Sanitation, dispensaries and jails vaccination Rajputana 1922-1927 - 1922-1927
Year: 1922
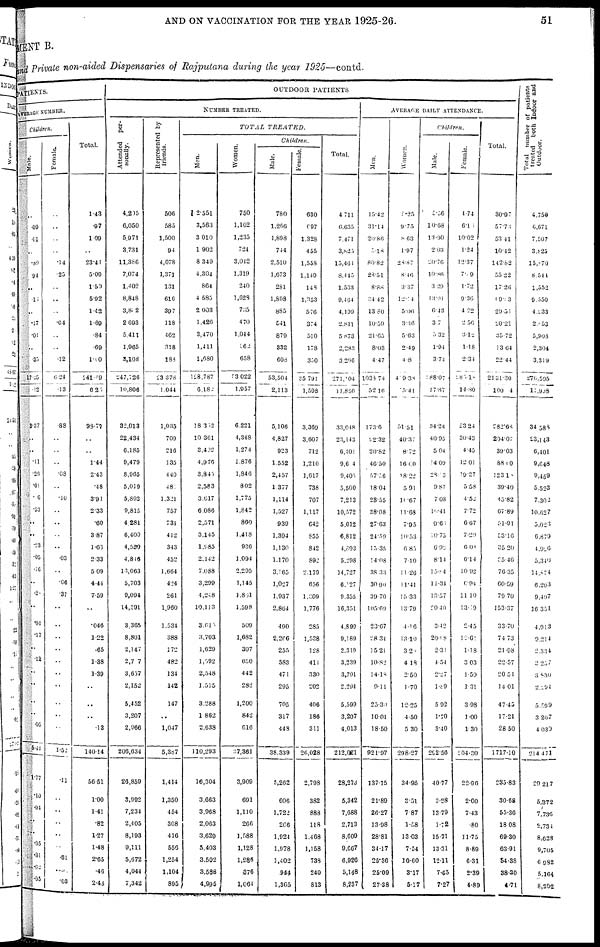
AND ON VACCINATION FOR THE YEAR 1925-26.
51
MENT B.
and Private non-aided Dispensaries of Rajputana during the year 1925—contd.
PATIENTS.
AVERAGE NUMBER.
Children.
Male.
..
.09
.01
..
.39
94
..
.15
..
.17
.01
..
.31
17.25
.12
3.37
..
..
.11
.26
.01
.06
.53
..
..
.23
.05
.16
..
.28
..
.04
.17
..
.12
..
..
..
..
05
5.44
1.77
.10
.04
..
..
.05
.31
.02
.05
Female.
..
..
..
..
.14
.25
..
..
..
.04
..
..
.12
6.24
.13
.88
..
..
..
.08
..
.10
..
..
..
..
.03
..
.06
.37
..
..
..
..
..
..
..
..
..
..
1.52
.11
..
..
..
..
..
.31
..
.03
Total.
1.43
.97
1.09
..
23.41
5.09
1.59
5.02
1.42
1.69
.84
.69
1.00
241.49
6.25
93.77
..
..
1.44
2.43
.48
3.91
2.33
.60
3.87
1.63
2.33
5.09
4.44
7.59
..
.046
1.22
.65
1.38
1.39
..
..
..
.13
140.14
56.61
1.00
1.41
.82
1.27
1.48
2.65
.40
2.43
OUTDOOR PATIENTS
NUMBER TREATED.
Attended per-
sonally.
4,205
6,050
5,971
3,731
11,386
7,074
1,402
8,848
3,802
2,693
5,411
1,965
3,108
247,726
10,806
32,013
22,434
6,185
9,479
8,965
5,019
5,892
9,815
4,281
6,400
4,550
4,816
13,063
5,703
9,094
14,391
3,365
8,801
2,147
2,77
3,657
2,152
5,452
3,207
2,966
206,634
26,859
3,992
7,234
2,405
8,193
9,111
5,672
4,044
7,342
Represented by
friends.
506
585
1,500
94
4,078
1,371
131
616
397
118
462
318
188
23,378
1,044
1,035
709
216
135
440
481
1,321
757
731
412
343
452
1,664
424
261
1,960
1,534
388
172
482
134
142
147
..
1,047
5,367
1,414
1,350
454
308
416
556
1,254
1,104
895
TOTAL
TREATED.
Men.
2,551
3,563
3,010
1,902
8,349
4,304
864
4,585
2,003
1,426
3,470
1,411
1,680
128,787
6,182
18,352
10,361
3,402
4,976
3,845
2,58 3
3,617
6,086
2,571
3,145
1,985
2,142
7,088
3,299
4,248
10,113
3.615
3,703
1,629
1,592
2,548
1,515
3,288
1,862
2,638
110,293
16,304
3,663
3,968
2,063
3,629
5,403
3,502
3,588
4,995
Women.
750
1,102
1,235
724
3,042
1,319
240
1,628
735
470
1,014
562
658
53,022
1,957
6,221
4,348
1,274
1,876
1,846
802
1,775
1,842
860
1,418
936
1,094
2,295
1,145
1,851
1.598
509
1,682
307
650
442
282
1,200
842
616
37,361
3,909
691
1,110
266
1,588
1,128
1,286
376
1,064
Children.
Male.
780
1,206
1,898
744
2,510
1,673
281
1,898
885
541
879
332
608
53,504
2,113
5,106
4,827
923
1,552
2,457
1.377
1,114
1,527
939
1,394
1,130
1,170
3,165
1,027
1,937
2,864
490
2,266
255
583
471
295
705
317
448
38,339
5,262
606
1,722
266
1,924
1,978
1,402
944
1,365
Female.
630
697
1,328
455
1,558
1,149
148
1,353
576
374
510
178
350
25,791
1,598
3,369
3,607
712
1,210
1,617
738
707
1,117
642
855
842
892
2,170
656
l,309
1,776
285
1,538
128
411
330
202
406
186
311
26,028
2,798
382
888
118
1,468
1,158
738
240
813
Total.
4,711
6,635
7,471
3,825
15,461
8,445
1,533
9,464
4,199
2,811
5,873
2,283
3,296
271,104
11,850
33,048
23,143
6,401
9,604
9,405
5,500
7,213
10,572
5,012
6,812
4,893
5,298
14,727
6,127
9,355
16,351
4,890
9,189
2,319
3,239
3,701
2,294
5,509
3,207
4,013
212,021
28,273
5,342
7,688
2,713
8,609
9,667
6,926
5,148
8,237
AVERAGE DAILY ATTENDANCE.
Men.
15.42
31.14
20.86
5.18
80.82
28.51
8.88
34.42
13.80
10.59
21.65
8.03
4.47
1038.74
52.16
173.6
92.32
20.82
46.50
57.56
18.04
2855
38.08
27.63
24.59
13.35
14.08
38.33
30.90
39.70
105.69
23.67
28.31
15.21
10.82
14.18
9.11
25.30
10.01
18.50
921.97
137.15
21.89
26.27
13.98
28.81
34.17
25.36
25.09
27.38
Women.
5.25
9.75
8.63
1.97
28.87
8.46
337
12.14
5.06
3.36
5.63
2.49
4.8
419.38
15.41
51.51
40.37
8.72
16.00
18.22
5.91
10.67
11.68
7.95
10.53
6.85
7.10
11.20
11.41
15.33
13.79
4.16
13.10
3.28
4.18
250
1.70
12.25
4.50
5.30
298.27
34.95
3.51
7.87
1.58
13.03
7.54
10.60
3.17
5.17
Children.
Male.
5.56
10.68
13.90
2.03
20.76
10.86
3.29
13.91
6.43
3.7
5.32
1.94
3.74
188.07
17.87
34.24
40.95
5.04
14.09
28.13
9.87
7.08
10.41
9.61
10.75
6.92
8.14
15.84
11.34
13.57
20.40
3.42
20.08
2.31
4.54
2.27
1.89
5.92
1.70
3.40
292.56
40.77
3.28
13.79
1.72
15.71
13.31
12.11
7.65
7.27
Female.
4.74
6.10
10.02
1.24
12.37
7.09
1.72
9.30
4.22
2.56
3.12
1.18
2.34
180.18
14.80
23.24
30.43
4.45
12.01
19.27
5.5S
4.52
7.72
6.67
7.29
0.03
6.14
10.92
6.94
11.10
13.19
2.45
12.61
1.18
3.03
1.59
1.31
3.98
1.00
1.30
204.30
22.96
2.00
7.43
.80
11.75
8.89
6.31
2.39
4.89
Total.
30.97
57.73
53. 41
10.42
142.82
55.22
17.20
69.33
29.31
20.21
35.72
13.04
22.44
2131.30
100.4
282.68
204.07
39.03
88.00
123.15
39.40
45.82
67.89
51.91
53.16
35.20
35.46
76.35
60.59
79.70
153.37
33.70
74.73
21.98
22.57
20.51
14.01
47.45
17.21
28.50
1717.10
235.83
30.68
55.36
18.08
69.30
63.91
54.38
38.30
4.71
Total number of patients
treated both Indoor and
Outdoor.
4,750
6,671
7,507
3,825
15,870
8,544
1,552
9,550
4.233
2,853
5,908
2,304
3,319
276,595
12,928
34.583
23,143
6,401
9,648
9,459
5,523
7,302
10,627
5,023
6,879
4.926
5,340
14,874
6,203
9,497
16,351
4,913
9,214
2,334
3,257
3,839
2,194
5,599
3,207
4,030
214. 471
29,217
5,372
7,735
2,734
8,623
9,705
6,932
5,164
8,292